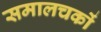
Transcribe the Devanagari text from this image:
समालचकों